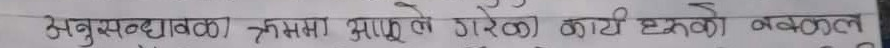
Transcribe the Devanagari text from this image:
अनुसन्धानकर्ताले क्रममा आफूले गरेको कार्यहरूको नकलाने